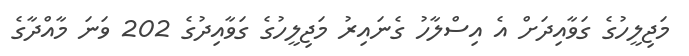
މަޖިލީހުގެ ގަވާއިދަށް އެ އިސްލާހު ގެނައިރު މަޖިލީހުގެ ގަވާއިދުގެ 202 ވަނަ މާއްދާގެ